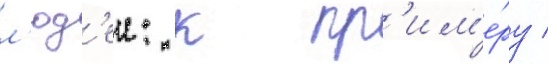
л'юд'еи: к пр'им'е́ру /